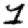
Digit: 1